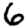
Digit: 6